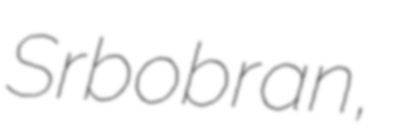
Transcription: Srbobran,